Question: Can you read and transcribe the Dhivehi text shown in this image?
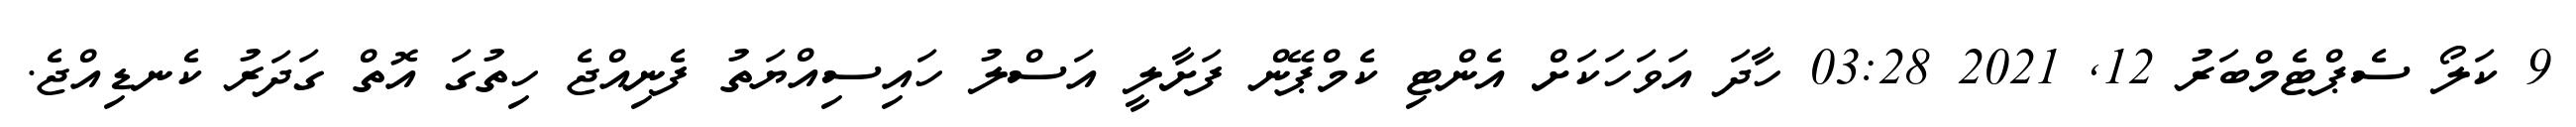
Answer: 9 ކަލޯ ސެޕްޓެމްބަރު 12, 2021 03:28 ހާދަ އަވަހަކަށް އެންޓި ކެމްޕޭން ފަށާލީ އަސްލު ހައިސިއްޔަތު ފެނިއްޖެ ހިތުގަ އޮތް ގަދަރު ކެނޑިއްޖެ.